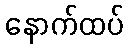
နောက်ထပ်